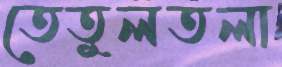
তেতুলতলা